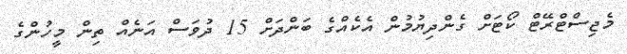
މެޖިސްޓްރޭޓް ކޯޓަށް ގެންދިޔުމުން އެެކެއްގެ ބަންދަށް 15 ދުވަސް އަނެއް ތިން މީހުންގެ